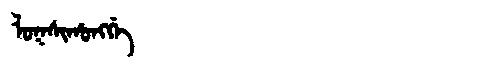
Manchu: ᠯᠣᡴᠰᡳᡥᠣᠩᡤᡝ
Romanization: LOKSIHONGGE